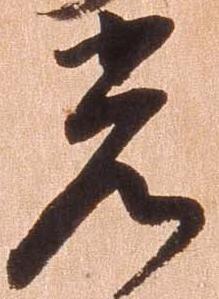
光